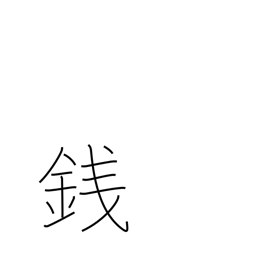
Meaning: coin